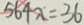
5 6 4 x = 3 6